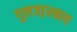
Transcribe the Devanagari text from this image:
गुलजा़रबाग